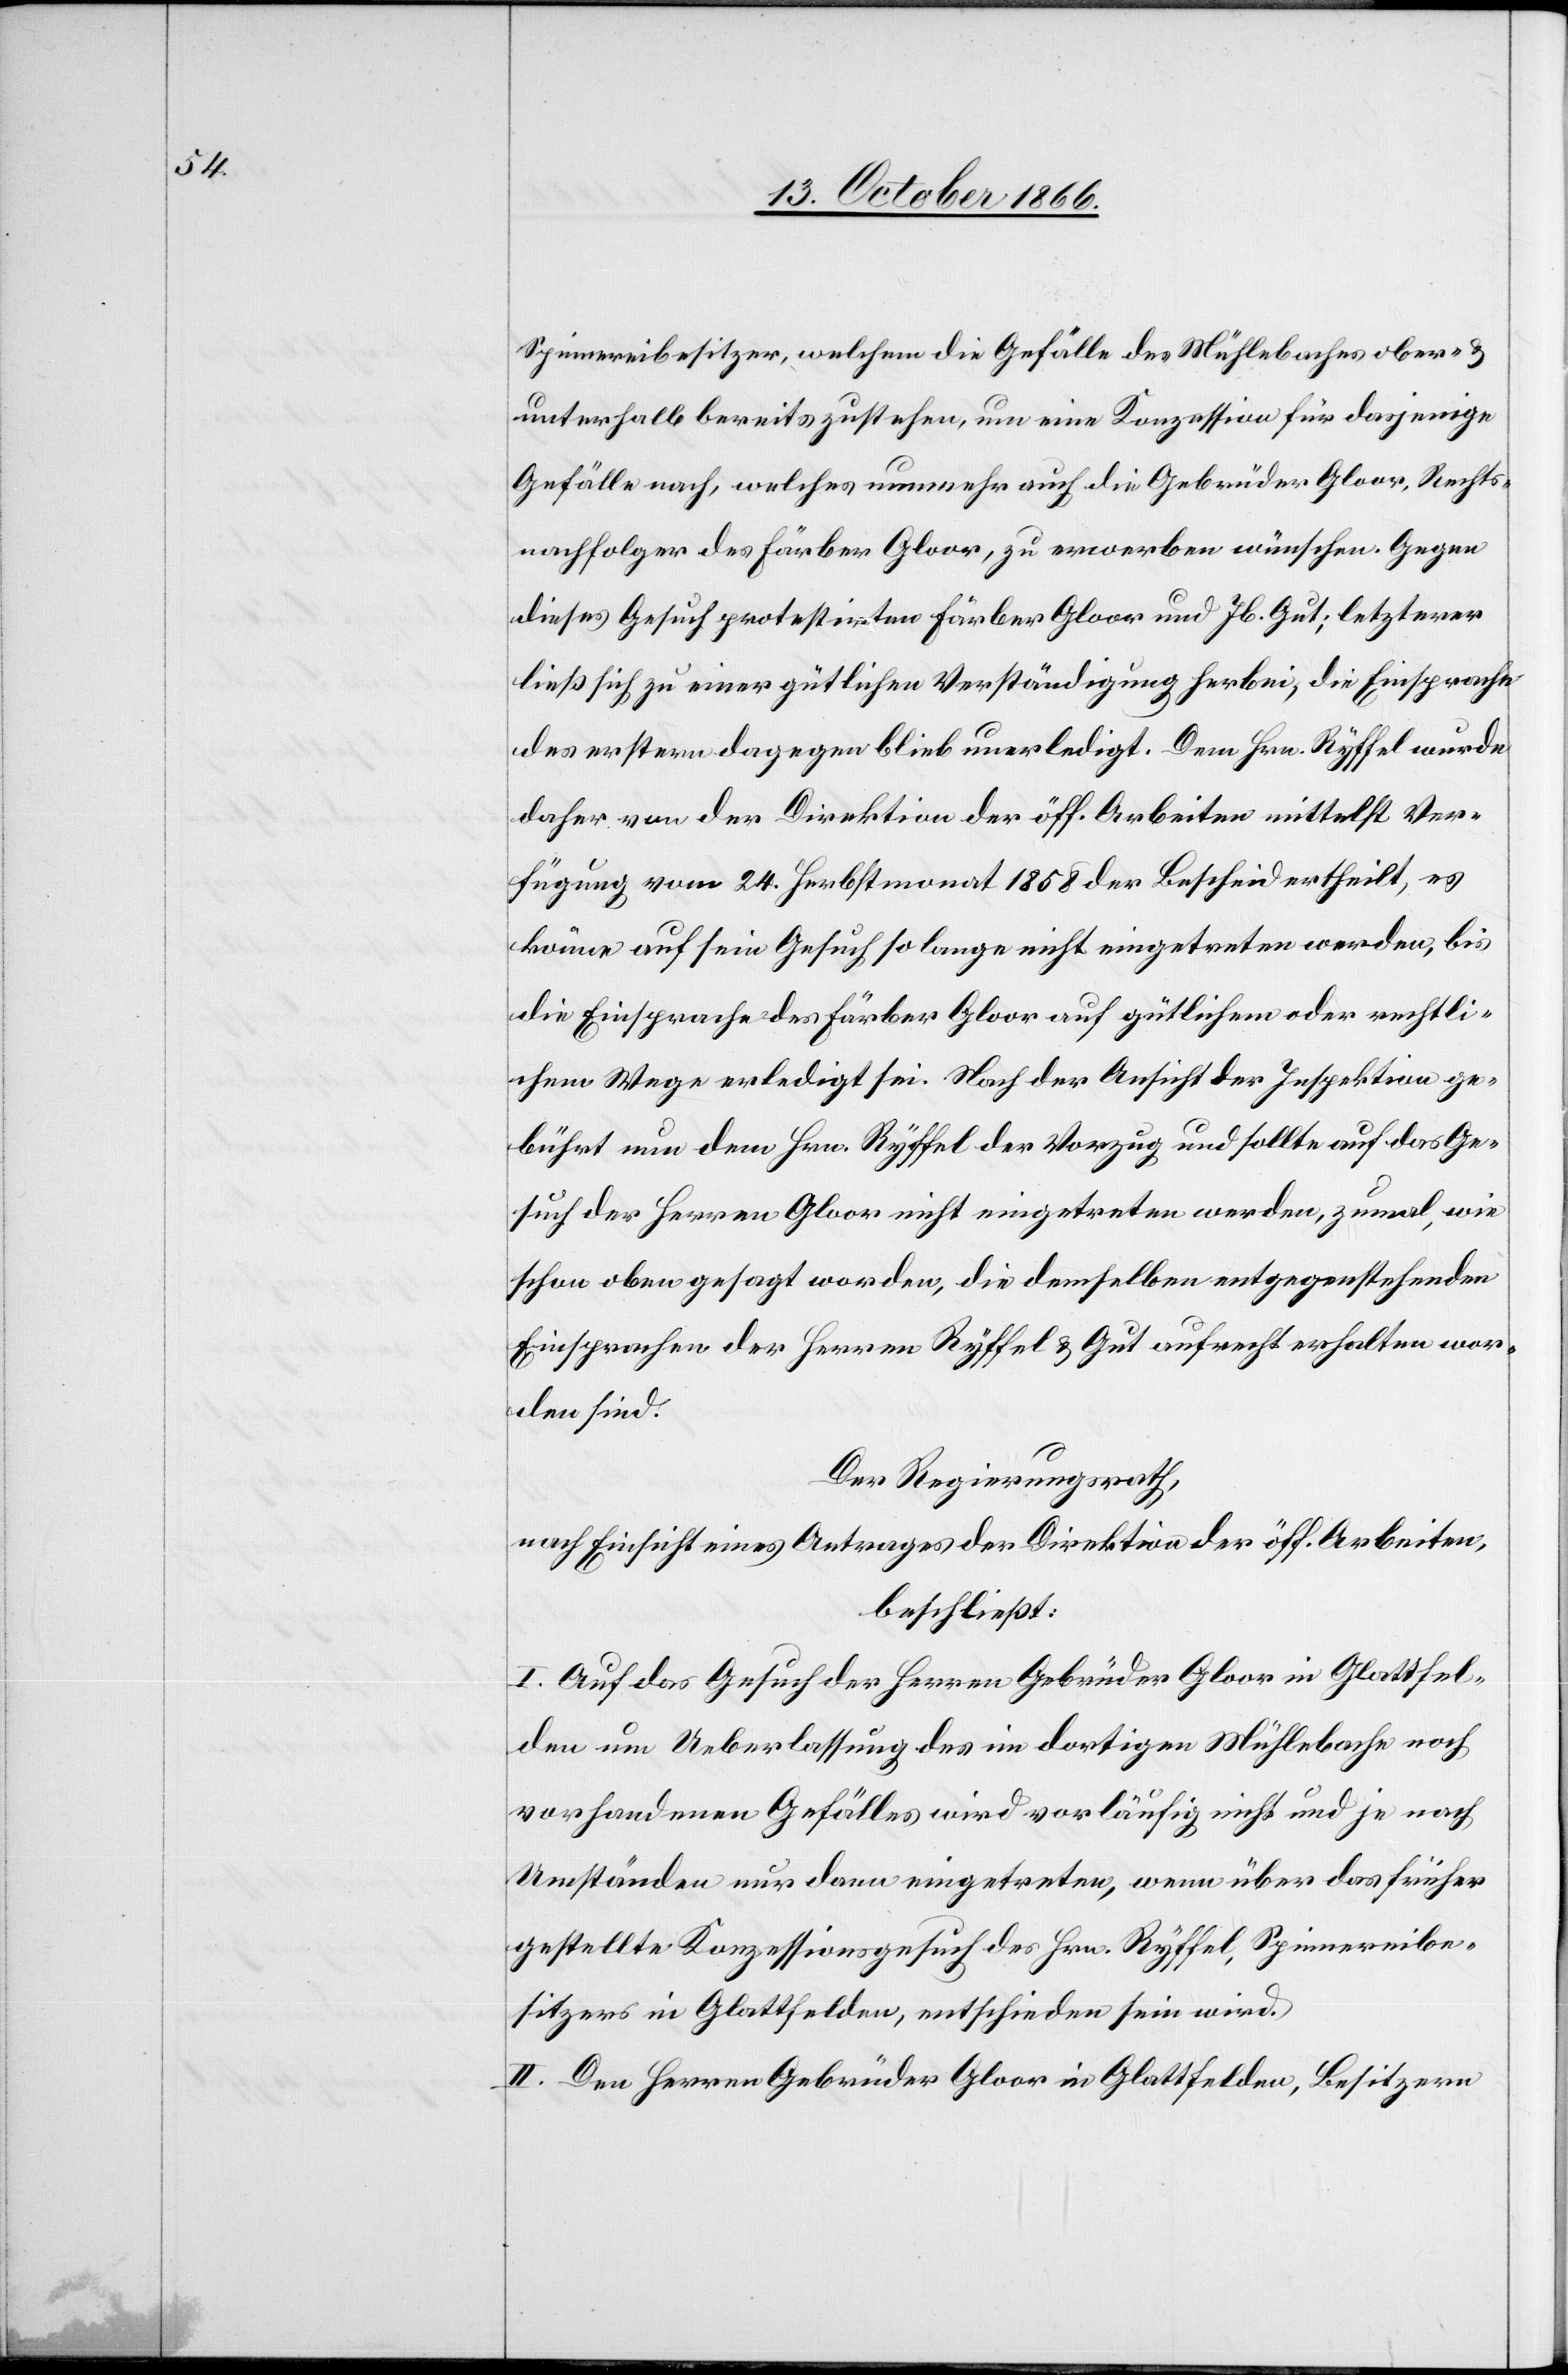
Spinnereibesitzer, welchem die Gefälle des Mühlebaches ober- &
unterhalb bereits zustehen, um eine Konzession für dasjenige
Gefälle nach, welches nunmehr auch die Gebrüder Gloor, Rechts¬
nachfolger des Färber Gloor, zu erwerben wünschen. Gegen
dieses Gesuch protestirten Färber Gloor und Jb. Gut; letzterer
ließ sich zu einer gütlichen Verständigung herbei; die Einsprache
des erstern dagegen blieb unerledigt. Dem Hrn. Ryffel wurde
daher von der Direktion der öff. Arbeiten mittelst Ver¬
fügung vom 24. Herbstmonat 1858 der Bescheid ertheilt, es
könne auf sein Gesuch so lange nicht eingetreten werden, bis
die Einsprache des Färber Gloor auf gütlichem oder rechtli¬
chem Wege erledigt sei. Nach der Ansicht der Inspektion ge¬
bührt nun dem Hrn. Ryffel der Vorzug und sollte auf das Ge¬
such der Herren Gloor nicht eingetreten werden, zumal, wie
schon oben gesagt worden, die demselben entgegenstehenden
Einsprachen der Herren Ryffel u. Gut aufrecht erhalten wor¬
den sind.
Der Regierungsrath,
nach Einsicht eines Antrages der Direktion der öff. Arbeiten,
beschließt:
I. Auf das Gesuch der Herren Gebrüder Gloor in Glattfel¬
den um Ueberlassung des im dortigen Mühlenbach noch
vorhandenen Gefälles wird vorläufig nicht und je nach
Umständen nur dann eingetreten, wenn über das früher
gestellte Konzessionsgesuch des Hrn. Ryffel, Spinnereibe¬
sitzers in Glattfelden, entschieden sein wird.
II. Den Herren Gebrüder Gloor in Glattfelden, Besitzern